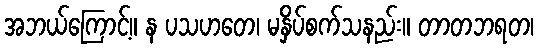
အဘယ်ကြောင့်။ န ပသဟတေ၊ မနှိပ်စက်သနည်း။ တာတဘရတ၊